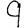
Digit: 9